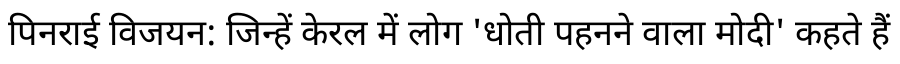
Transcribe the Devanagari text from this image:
पिनराई विजयन: जिन्हें केरल में लोग 'धोती पहनने वाला मोदी' कहते हैं